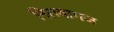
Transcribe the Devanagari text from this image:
निरावागज